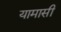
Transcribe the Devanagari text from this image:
यामासी